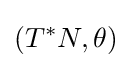
(T^{\ast }N,\theta )